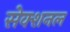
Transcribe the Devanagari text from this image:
सेक्शनल